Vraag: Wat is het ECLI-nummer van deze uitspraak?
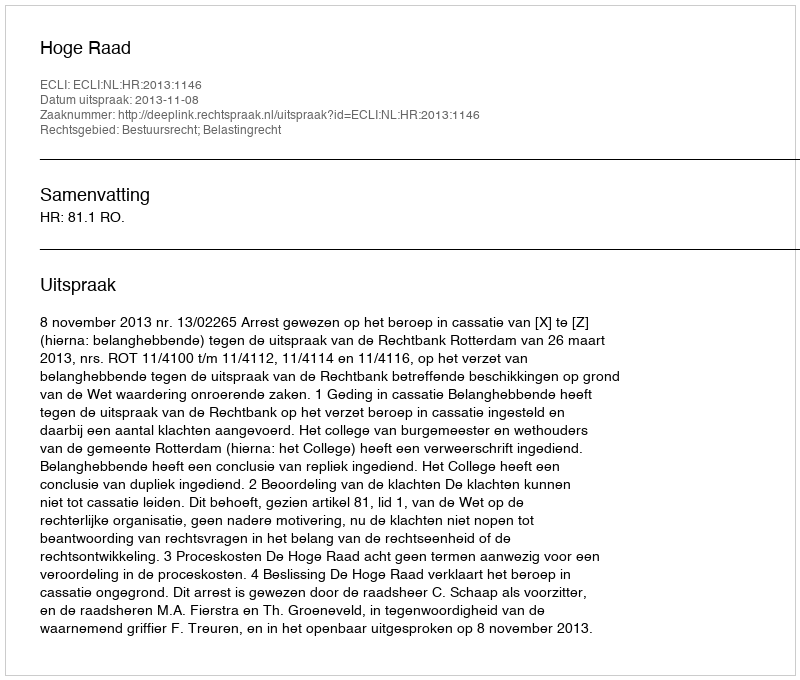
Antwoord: ECLI:NL:HR:2013:1146